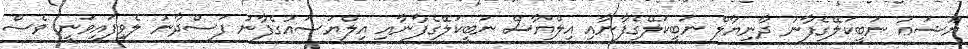
ޔޫޝަޢު ނަބީކަލޭގެފާނު ދާނިޔާލް ނަބީކަލޭގެފާނާއި އިލްޔާސް ނަބީކަލޭގެފާނާއި އިލްޔަސައުގެފާނު ފަސްދާނު ލެވިފައިވަނީ ވެސް